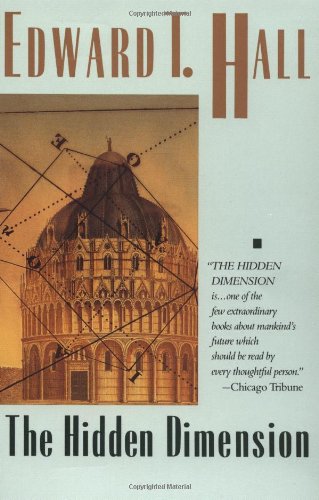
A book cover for The Hidden Dimension (Anchor Books a Doubleday Anchor Book); Edward T. Hall; Arts & Photography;